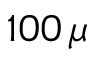
1 0 0 \, \mu